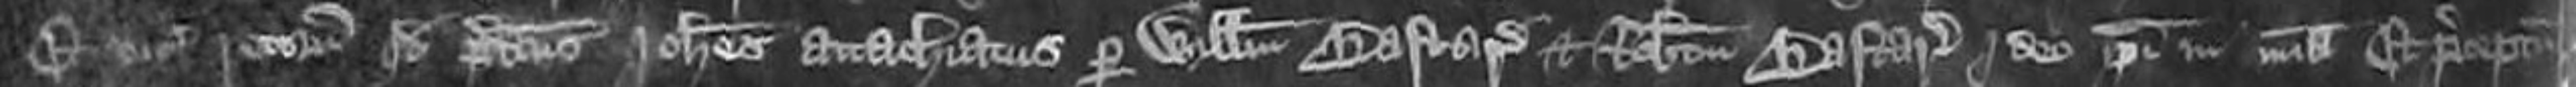
et vicecomes retornavit quod predictus Johannes attachiatus per Willelmum Bastard et Robertum Bastard Ideo ipsi in misericordia Et preceptum est